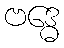
ဗဒ္ဓေ